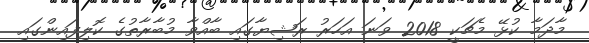
މާދަމާ ކުޅޭ މެޗަކީ 2018 ވަނަ އަހަރު ރަޝިޔާގައި ބާއްވާ މުބާރާތުގެ ކޮލިފައިންގައި